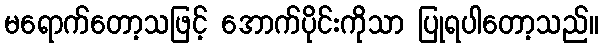
မရောက်တော့သဖြင့် အောက်ပိုင်းကိုသာ ပြုရပါတော့သည်။